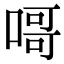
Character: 𠹭